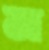
ম